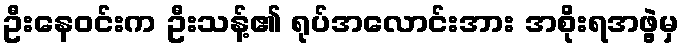
ဦးနေဝင်းက ဦးသန့်၏ ရုပ်အလောင်းအား အစိုးရအဖွဲ့မှ